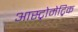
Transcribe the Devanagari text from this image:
आस्ट्रोमेट्रिक